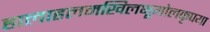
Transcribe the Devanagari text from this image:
हालाहलमखिलभूगोलकृपया